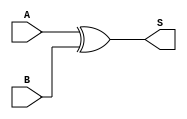
module xor_gate (
    input wire A,
    input wire B,
    output wire S
);
    assign S = A ^ B; // Sum is the XOR of A and B
endmodule